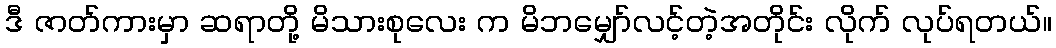
ဒီ ဇာတ်ကားမှာ ဆရာတို့ မိသားစုလေး က မိဘမျှော်လင့်တဲ့အတိုင်း လိုက် လုပ်ရတယ်။